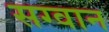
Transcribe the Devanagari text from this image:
सग्वान